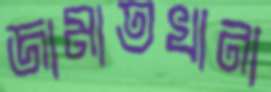
জামাতখানা